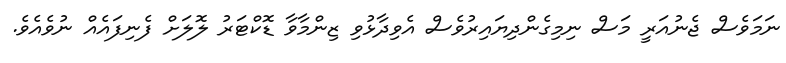
ނަމަވެސް ޖެނުއަރީ މަސް ނިމިގެންދިޔައިރުވެސް އެވިދާޅުވި ޒިންމާވާ ޑޮކްޓަރު ލޮލަށް ފެނިފައެއް ނުވެއެވެ.